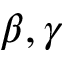
\beta , \gamma